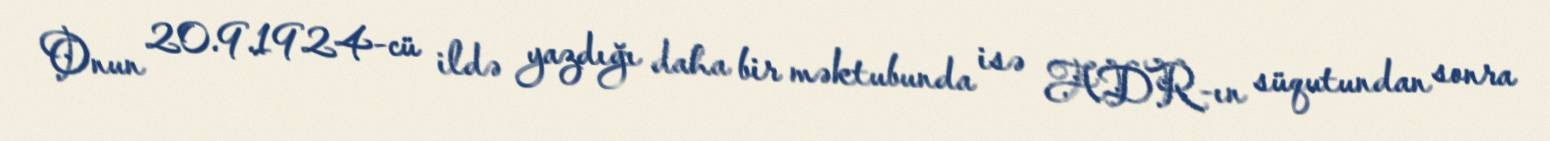
Onun 20.9.1924-cü ildə yazdığı daha bir məktubunda isə ADR-ın süqutundan sonra